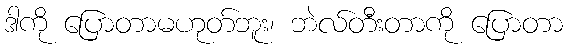
ဒါကို ပြောတာမဟုတ်ဘူး၊ ဘဲလ်တီးတာကို ပြောတာ